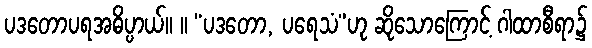
ပဒတောပရအဓိပ္ပာယ်။ ။ “ပဒတော, ပရေသံ”ဟု ဆိုသောကြောင့် ဂါထာစီရာ၌